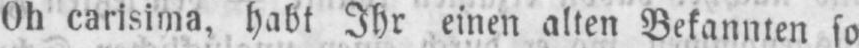
Oh carisima, habt Ihr einen alten Bekannten so